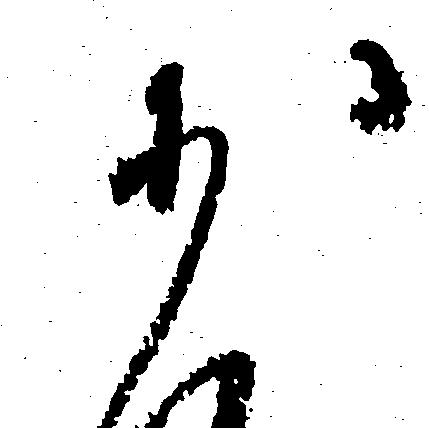
少